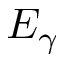
E _ { \gamma }